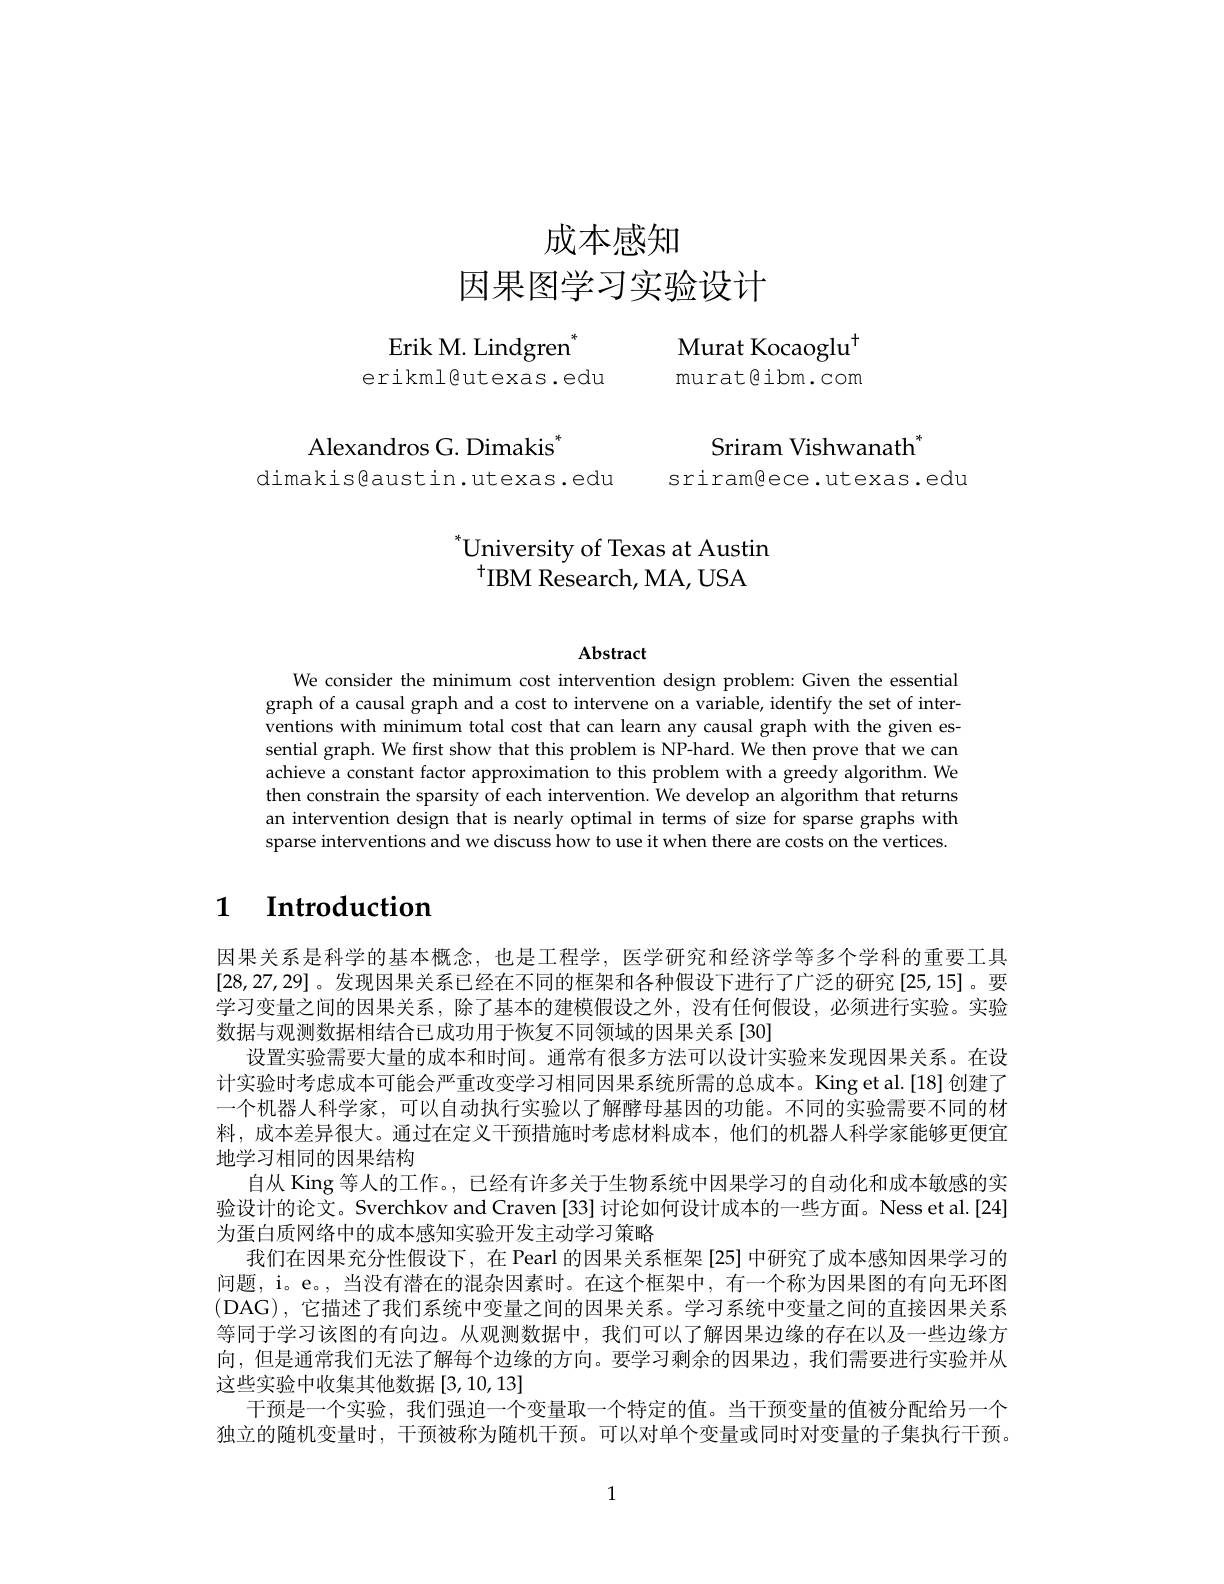
# 成本感知因果图学习实验设计

Erik M. Lindgren$^*$
erikml@utexas.edu

Murat Kocaoglu$^{\mathrm{H}}$ murat@ibm.com

Alexandros G. Dimakis$^*$
dimakis@austin.utexas.edu sriram@ece.utexas.edu

Sriram Vishwanath$^{*}$

# $^{*}$University of Texas at Austin $^{+}$IBM Research, MA, USA

$\mathbf{Abstract}$

We consider the minimum cost intervention design problem: Given the essential graph of a causal graph and a cost to intervene on a variable, identify the set of interventions with minimum total cost that can learn any causal graph with the given essential graph. We first show that this problem is NP-hard. We then prove that we can achieve a constant factor approximation to this problem with a greedy algorithm. We then constrain the sparsity of each intervention. We develop an algorithm that returns an intervention design that is nearly optimal in terms of size for sparse graphs with sparse interventions and we discuss how to use it when there are costs on the vertices

## 1 $\textbf{Introduction}$

因果关系是科学的基本概念，也是工程学，医学研究和经济学等多个学科的重要工具[28,27,29]。发现因果关系已经在不同的框架和各种假设下进行了广泛的研究[25,15]。要学习变量之间的因果关系，除了基本的建模假设之外，没有任何假设，必须进行实验。实验数据与观测数据相结合已成功用于恢复不同领域的因果关系[30]
设置实验需要大量的成本和时间。通常有很多方法可以设计实验来发现因果关系。在设计实验时考虑成本可能会严重改变学习相同因果系统所需的总成本。King et al.[18] 创建了一个机器人科学家，可以自动执行实验以了解酵母基因的功能。不同的实验需要不同的材料，成本差异很大。通过在定义干预措施时考虑材料成本，他们的机器人科学家能够更便宜地学习相同的因果结构
自从 King 等人的工作。, 已经有许多关于生物系统中因果学习的自动化和成本敏感的实验设计的论文。Sverchkov and Craven [33] 讨论如何设计成本的一些方面。Ness et al.[24] 为蛋白质网络中的成本感知实验开发主动学习策略
我们在因果充分性假设下，在 Pearl 的因果关系框架 [25] 中研究了成本感知因果学习的问题，i。e。, 当没有潜在的混杂因素时。在这个框架中，有一个称为因果图的有向无环图(DAG),它描述了我们系统中变量之间的因果关系。学习系统中变量之间的直接因果关系等同于学习该图的有向边。从观测数据中，我们可以了解因果边缘的存在以及一些边缘方向，但是通常我们无法了解每个边缘的方向。要学习剩余的因果边，我们需要进行实验并从这些实验中收集其他数据[3,10,13]
干预是一个实验，我们强迫一个变量取一个特定的值。当干预变量的值被分配给另一个独立的随机变量时，干预被称为随机干预。可以对单个变量或同时对变量的子集执行干预。

1